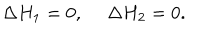
\Delta H _ { 1 } = 0 , ~ ~ \Delta H _ { 2 } = 0 .